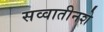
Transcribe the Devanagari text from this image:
सव्वातीनशे